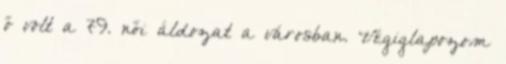
ő volt a 79. női áldozat a városban. Végiglapozom